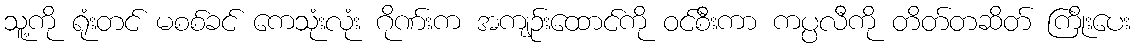
သူ့ကို ရုံးတင် မစစ်ခင် ကေသုံးလုံး ဂိုဏ်းက အကျဉ်းထောင်ကို ဝင်စီးကာ ကပ္ပလီကို တိတ်တဆိတ် ကြိုးပေး